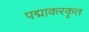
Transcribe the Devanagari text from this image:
पद्माकरकृत